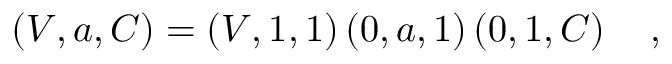
\left( V , a , C \right) = \left( V , 1 , 1 \right) \left( 0 , a , 1 \right) \left( 0 , 1 , C \right) \quad ,